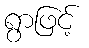
ရွာဖြင့်